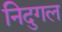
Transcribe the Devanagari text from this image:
निदुगल